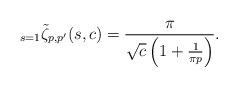
LaTeX: \begin{align*}_{s=1}\tilde{\zeta}_{p,p^{\prime}}(s,c)=\frac{\pi}{\sqrt{c}\left(1+\frac{1}{\pi p}\right)}.\end{align*}